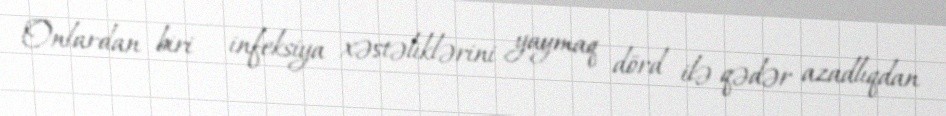
Onlardan biri - infeksiya xəstəliklərini yaymaq dörd ilə qədər azadlıqdan